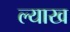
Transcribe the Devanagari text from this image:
ल्याख